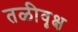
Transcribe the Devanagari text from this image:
तळीवृक्ष